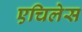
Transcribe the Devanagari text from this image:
एचिलेस